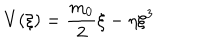
LaTeX: V ( \xi ) = \frac { m _ { 0 } } { 2 } \xi - \eta \xi ^ { 3 }